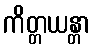
ကိတ္တယန္တာ